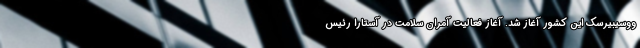
ووسیبیرسک این کشور آغاز شد. آغاز فعالیت آمران سلامت در آستارا رئیس